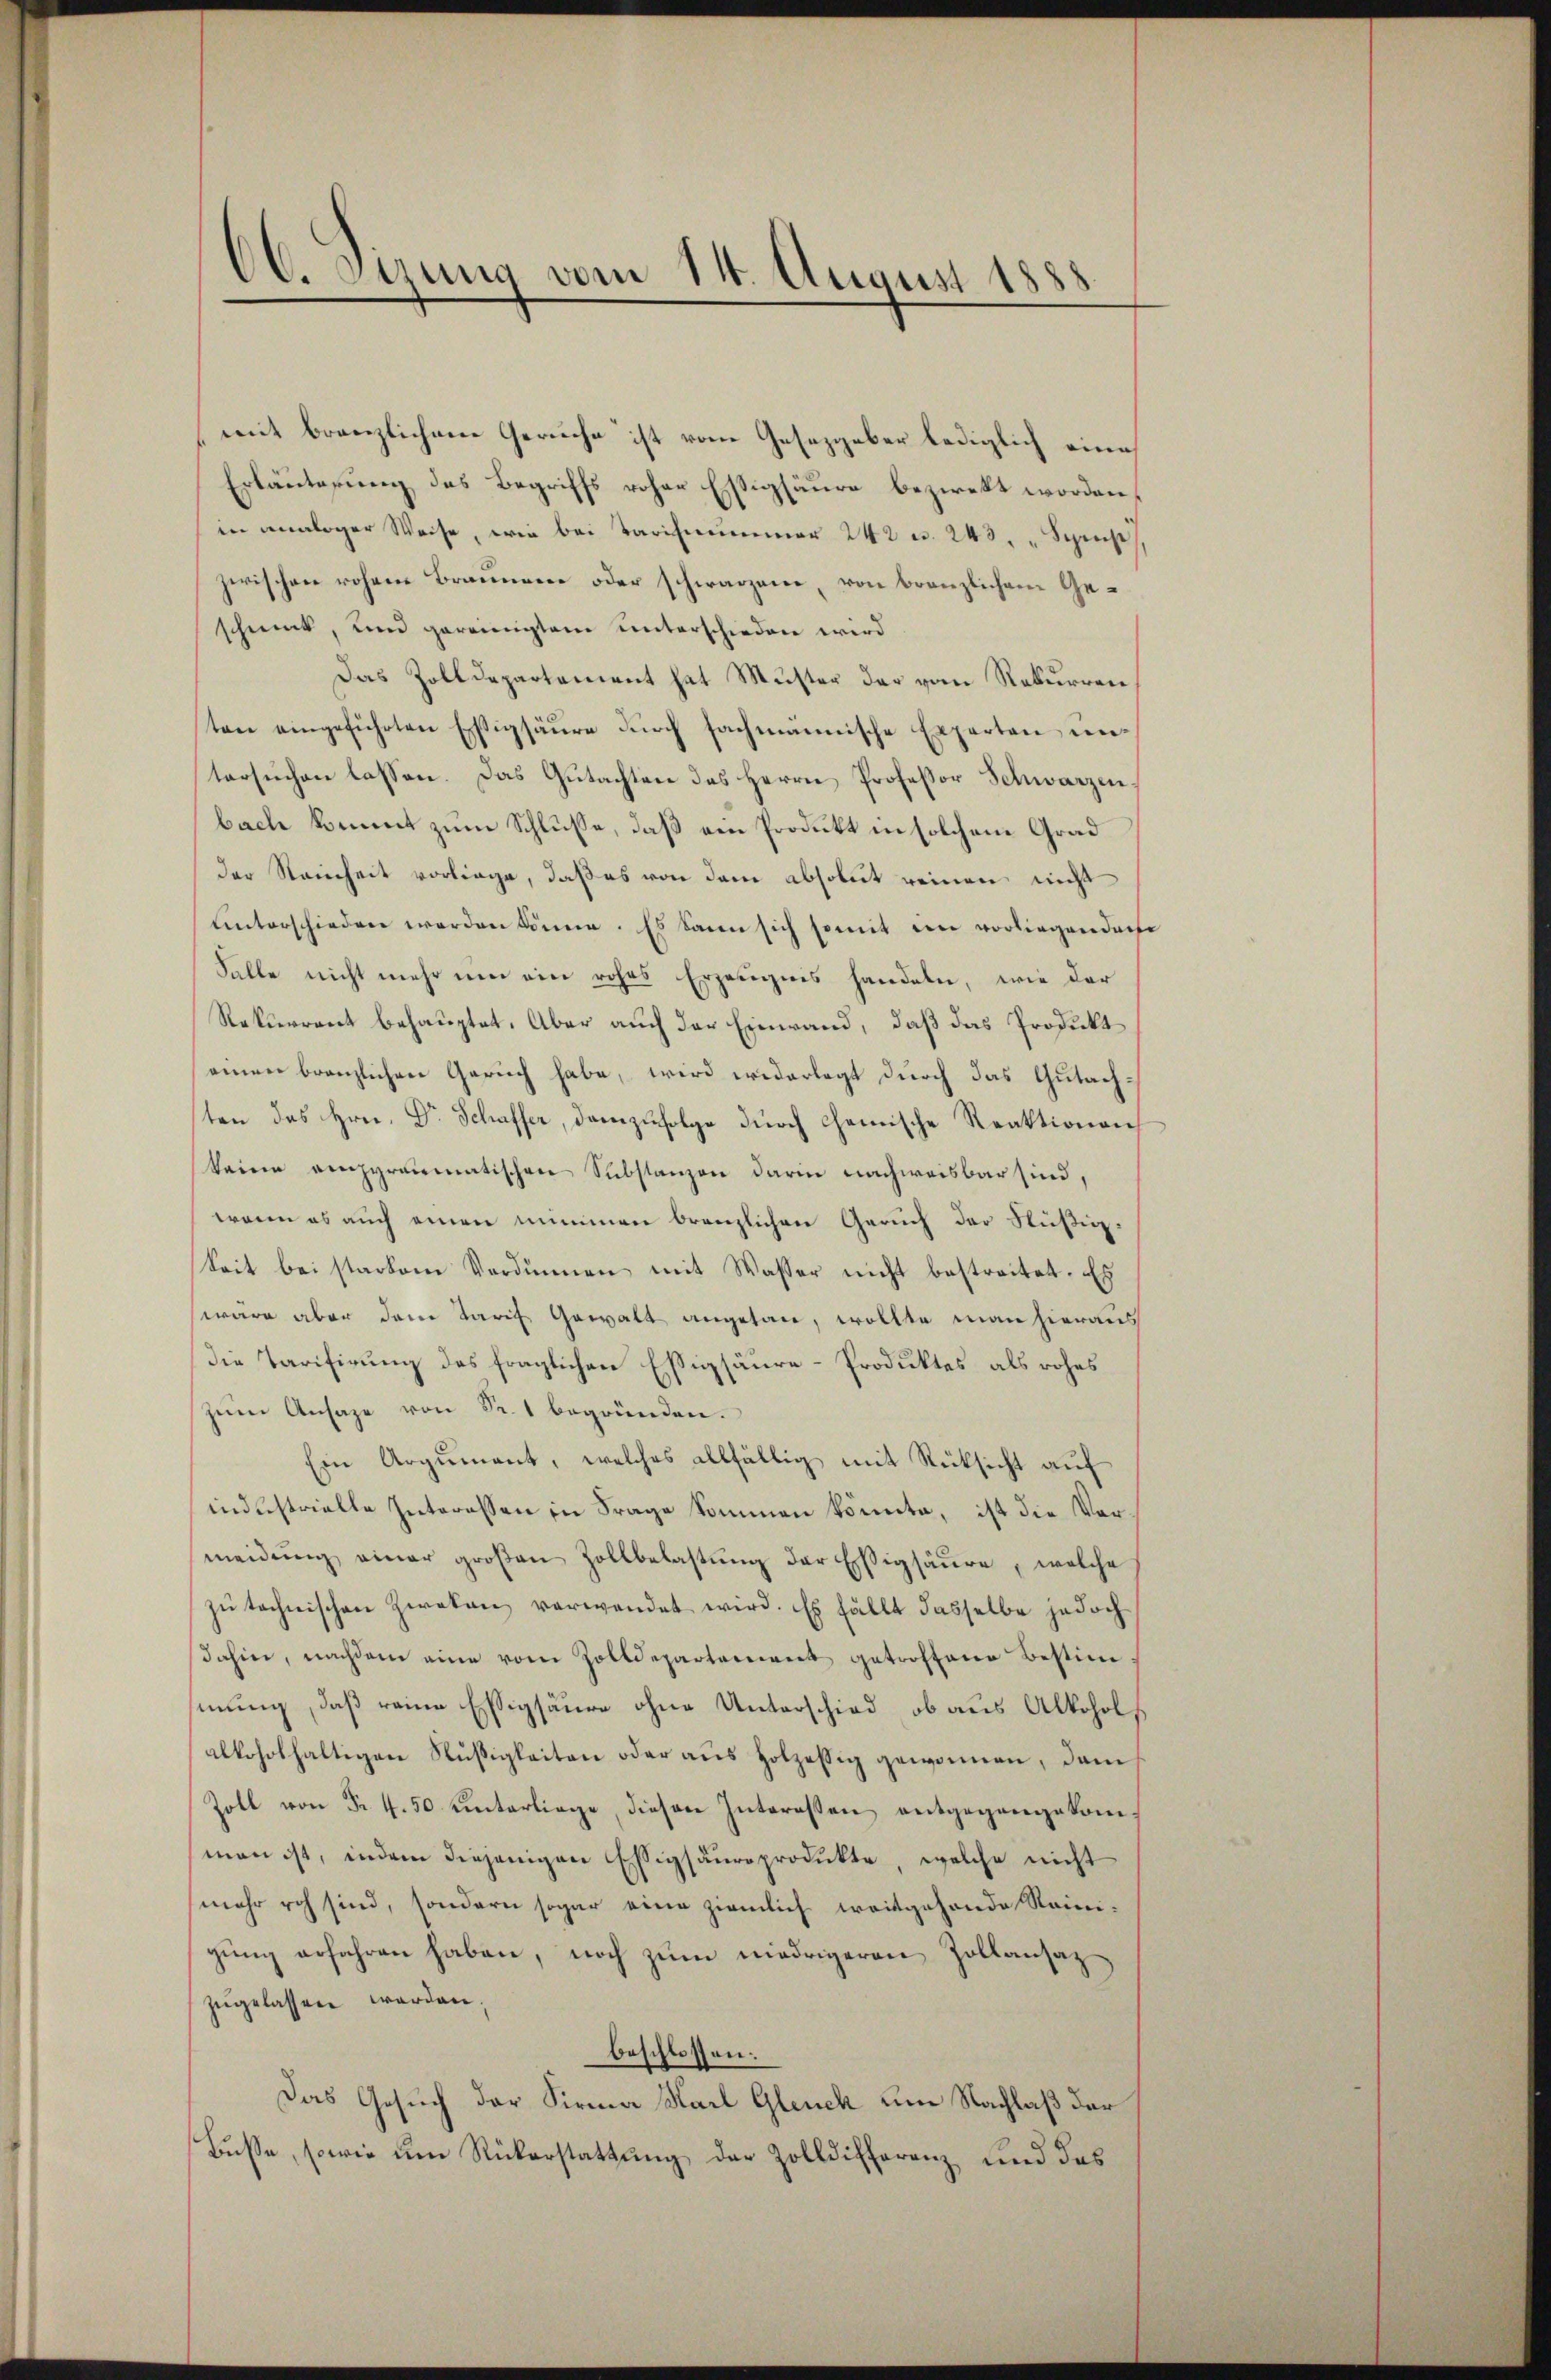
66. Stung vom 14. August 1888

mit branzlichen Geruche ist vom Gesezgaber lediglich eine
Erläuterung des Begriffs roher Essigsäure beziekt worden,
in analoger Weise, wie bei Tarifnummer 242 u. 243. " Speise
zwischen rohene Brannerer oder schwarzene, von branzlichem Ge-
schmuck, und gereinigtem unterschieden wird
Das Zolldepartement hat Muster der vom Rekurrenten eingeführten Erstigsäure dŭrch sachmännische Experten untersuchen lassen. Das Gutachten des Herrn Professor Schwarzenbache kommt zum Schlüsse, daß ein Produkt in solchem Grad
der Reinheit vorliege, daß es von dem absolut reinen nicht
unterschieden werden könne. Es kann sich somit ein vorliegenderse
Falle nicht mehr um ein rohes Erzeugnis handeln, wie der
Rekurrent behauptet. Aber auch der Einwand, daß das Produkt
einen branzlichen Gerich habe, wird widerlegt durch das Gutachsten das Hrn. Dr Schaffer, dannzufolge durch Chemische Reaktionen
kanen einzgraumatischen Substanzen darin nachweisbar sind,
wenn es auch einen nimmen branzlichen Geruch der Süßig
Seit bei starkem Verdünnen mit Wasser nicht bestreitet. Es
wäre aber dem Tarif Gewalt angetan, wollte man hieraus
Die Tarifirung des fraglichen Essigsäure-Produktes, als rohes
zum Ansage von Fr. 1 begründen.
Ein Argument, welches allfällig mit Rücksicht auf
industrielle Interessen in Frage kommen könnte, ist die Vermeidŭng einer großen Zollbelastung der Essigsäure, welche
zŭ technischen Zweken verwendet wird. Es fällt dasselbe jedoch
dahin, nachdem eine vom Zolldepartement getroffene Bestim
mung, daß reine Essigsäure ohne Unterschied, ob aus Alkohol
alkoholhaltigen Nüßigkeiten oder aŭs Holzessig gewonnen, dam
Zoll von Fr. 4. 50 unterliege, diesen Interessen entgegangekomman ist, indem diejenigen Essigsäureprodukte, welche nicht
mehr roh sind, sondern sogar eine ziemlich weitgehende Reinigŭng erfahren haben, noch zum niedrigeren Zollansaz
zugelassen worden.
beschlossen:
Das Gesuch der Firma Karl Gleich um Nachlaß der
Busse, sowie um Rükerstattung der Zolldifferenz und das